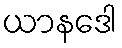
ယာနဒေါ